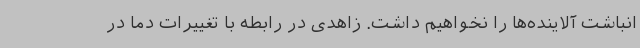
انباشت آلاینده‌ها را نخواهیم داشت. زاهدی در رابطه با تغییرات دما در